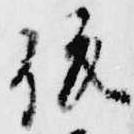
俊